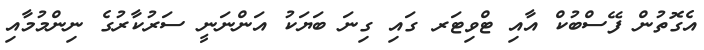
އެގޮތުން ފޭސްބުކް އާއި ޓްވިޓަރ ގައި ގިނަ ބަޔަކު އަންނަނީ ސަރުކާރުގެ ނިންމުމާއި